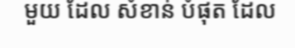
មួយ ដែល សំខាន់ បំផុត ដែល